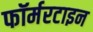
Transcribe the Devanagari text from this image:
फॉर्मरटाइन